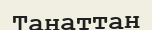
Танаттан